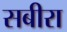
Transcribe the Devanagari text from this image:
सबीरा